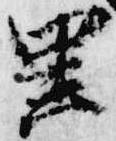
里